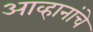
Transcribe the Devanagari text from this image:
आव्हानांचे